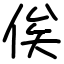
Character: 俟